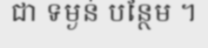
ជា ទម្ងន់ បន្ថែម ។